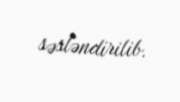
səsləndirilib.